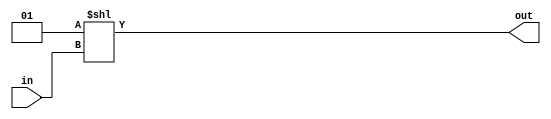
module decodor(input wire [1:0]in,
					output wire [3:0]out);

assign out = 1 << in;
endmodule